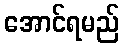
အောင်ရမည်